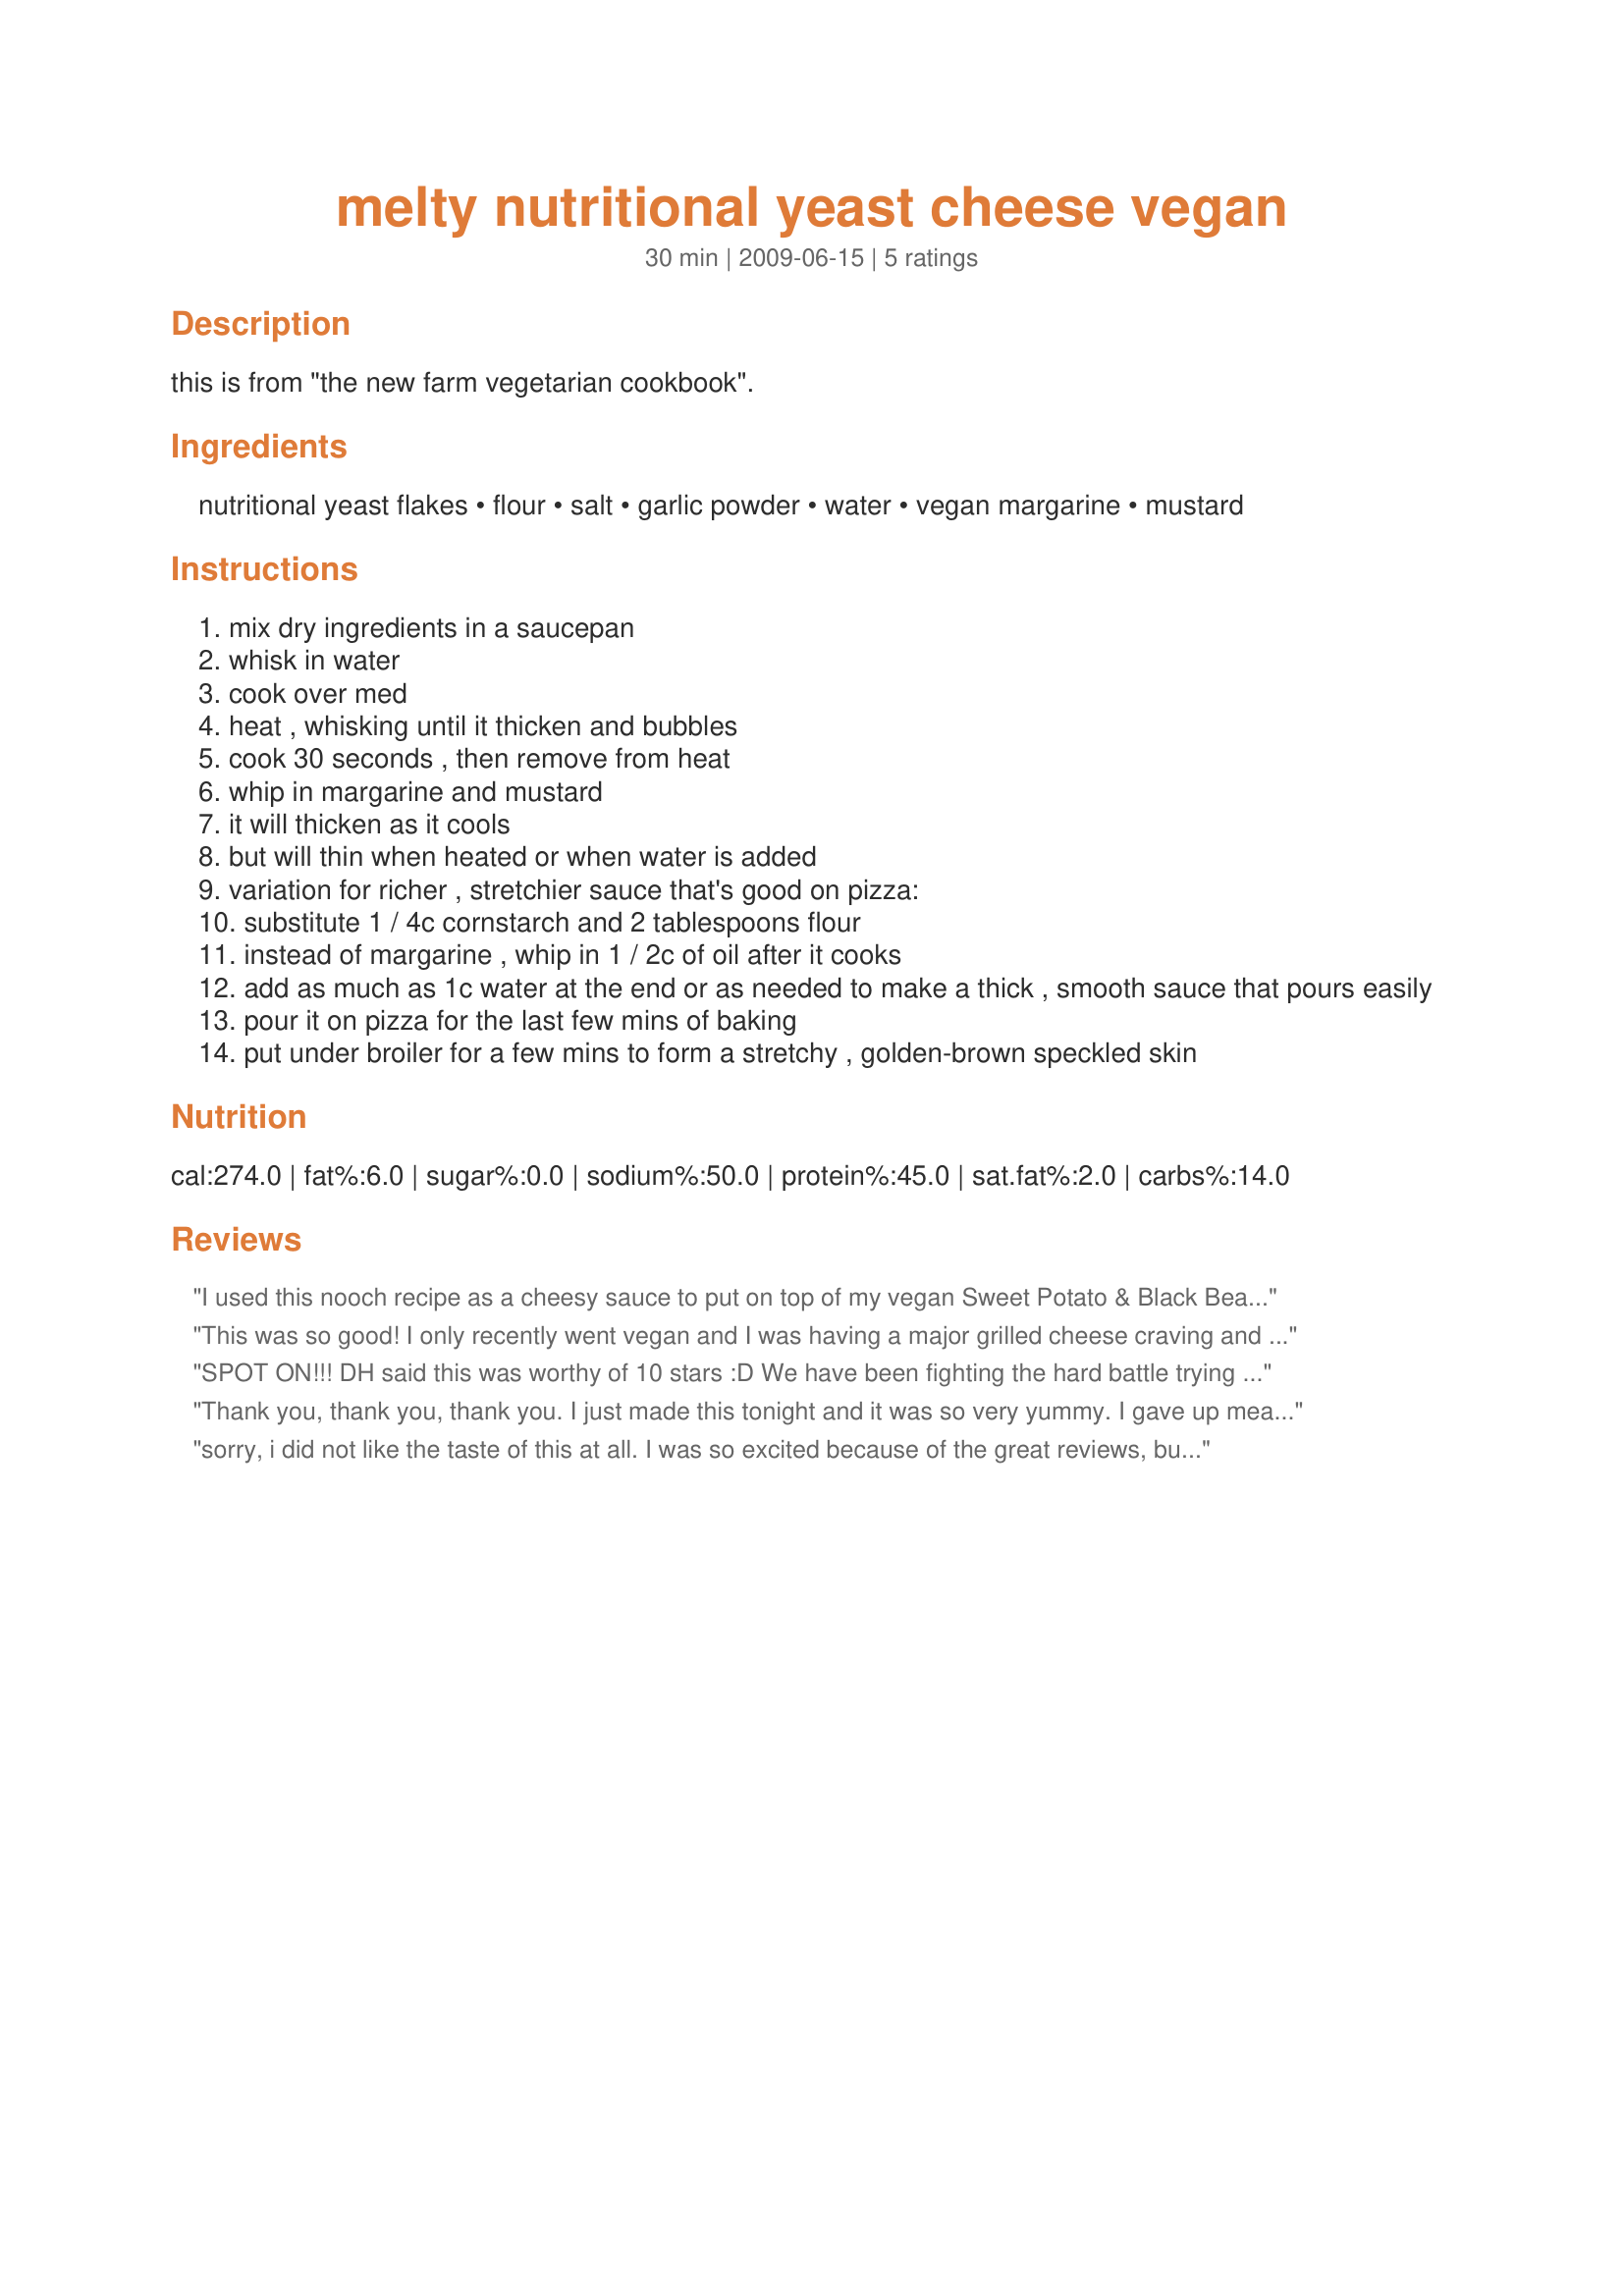
melty nutritional yeast cheese vegan
Preparation time: 30 minutes

this is from "the new farm vegetarian cookbook".

Ingredients:
nutritional yeast flakes, flour, salt, garlic powder, water, vegan margarine, mustard

Steps:
mix dry ingredients in a saucepan
whisk in water
cook over med
heat , whisking until it thicken and bubbles
cook 30 seconds , then remove from heat
whip in margarine and mustard
it will thicken as it cools
but will thin when heated or when water is added
variation for richer , stretchier sauce that's good on pizza:
substitute 1 / 4c cornstarch and 2 tablespoons flour
instead of margarine , whip in 1 / 2c of oil after it cooks
add as much as 1c water at the end or as needed to make a thick , smooth sauce that pours easily
pour it on pizza for the last few mins of baking
put under broiler for a few mins to form a stretchy , golden-brown speckled skin

Reviews:
I used this nooch recipe as a cheesy sauce to put on top of my vegan Sweet Potato & Black Bean Enchiladas, and WOW!! Amazing flavor, perfectly suited to my recipe. I put the dish under the broiler for the last few minutes of baking to give it a bit of a crust. Delicious!! Thank you for sharing this, and thanks Mindelicious, for your rating. It really helped me to make the decision to use this recipe. It will become a staple recipe in my repertoire!
This was so good! I only recently went vegan and I was having a major grilled cheese craving and this was perfect!
SPOT ON!!! DH said this was worthy of 10 stars :D We have been fighting the hard battle trying to find a decent vegan cheese and the fight stops here. Now we only need to experiment to take this into different directions - mexican flavor, mac & cheese, the pizza alternative you mentioned...etc - however this is perfectly fine on its own. Simple ingredients, easy prep, great consistency & flavor - DH is very pleased!!! Thank you so many many times!!!!!
Thank you, thank you, thank you. I just made this tonight and it was so very yummy. I gave up meat/dairy 3 months ago and have been very happy...but I used to looove me some mac & cheese. This really hit the spot. I'm pretty sure I'll keep some of this in my fridge on a regular basis. Oh, and I registered on this website just to say thanks for your recipe!
sorry, i did not like the taste of this at all. I was so excited because of the great reviews, but was very disappointed.
